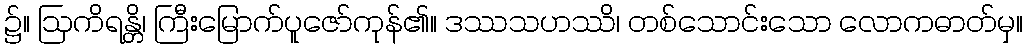
၌။ ဩကိရန္တိ၊ ကြီးမြောက်ပူဇော်ကုန်၏။ ဒဿသဟဿိ၊ တစ်သောင်းသော လောကဓာတ်မှ။